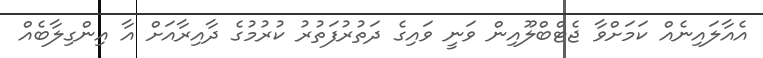
އެއާލައިނެއް ކަމަށްވާ ޖެޓްބްލޫއިން ވަނީ ވައިގެ ދަތުރުފަތުރު ކުރުމުގެ ދާއިރާއަށް އާ އިންގިލާބެއް